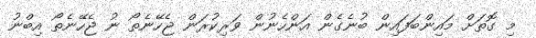
މި ގޮތަށް މައިންބަފައިން ބުނެގެން އަންހެނުން ވަރިކުރަން ޖެހޭނެތޯ ނު ޖެހޭނެތޯ އިބްނު